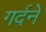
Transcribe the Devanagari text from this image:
गर्दने